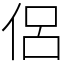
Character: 侶